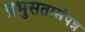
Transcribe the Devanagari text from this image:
प्रभुसतासंपन्न